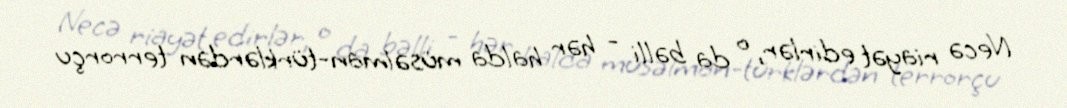
Necə riayət edirlər, o da bəlli - hər halda müsəlman-türklərdən terrorçu